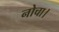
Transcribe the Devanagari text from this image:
नोचा।